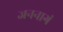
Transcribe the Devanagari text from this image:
जननागं